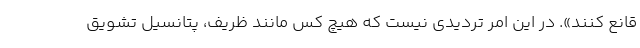
قانع کنند». در این امر تردیدی نیست که هیچ کس مانند ظریف، پتانسیل تشویق